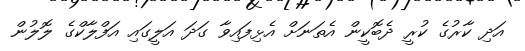
އަދި ކާރުގެ ކުރީ ދެބޮކީން އެތަނަށް އެޅިފައިވާ ގަދަ އަލީގައި އަފްލާކްގެ ލޮލުން